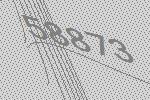
58873